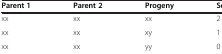
| Parent 1 | Parent 2 | Progeny | Score |
 | --- | --- | --- | --- |
 | xx | xx | xx | 2 |
 | xx | xx | xy | 1 |
 | xx | xx | yy | 0 |